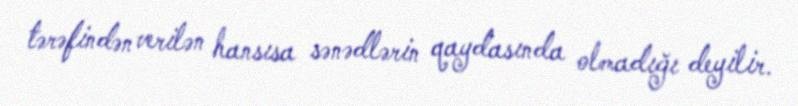
tərəfindən verilən hansısa sənədlərin qaydasında olmadığı deyilir.